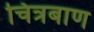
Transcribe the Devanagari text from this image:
चित्रबाण